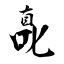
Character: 嗭